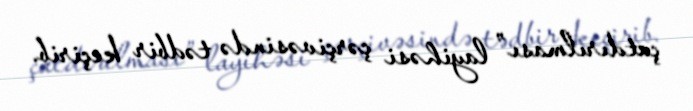
çatdırılması” layihəsi çərçivəsində tədbir keçirib.